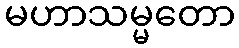
မဟာသမ္မတော